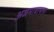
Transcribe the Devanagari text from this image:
अजमावायला